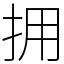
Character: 拥